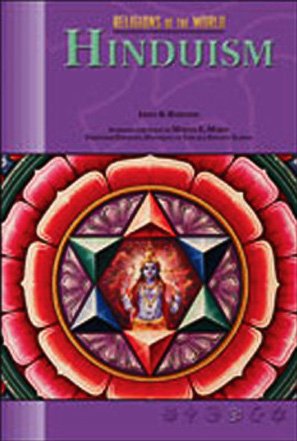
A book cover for Hinduism (Rel O/T Wld) (Religions of the World (Chelsea House Paperback)); James Robinson; Teen & Young Adult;